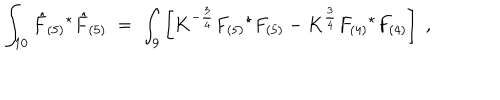
LaTeX: \int _ { 1 0 } \hat { F } _ { ( 5 ) } { } ^ { \star } \hat { F } _ { ( 5 ) } \; = \; \int _ { 9 } \left[ K ^ { - \frac { 3 } { 4 } } F _ { ( 5 ) } { } ^ { \star } F _ { ( 5 ) } - K ^ { \frac { 3 } { 4 } } F _ { ( 4 ) } { } ^ { \star } F _ { ( 4 ) } \right] \; ,